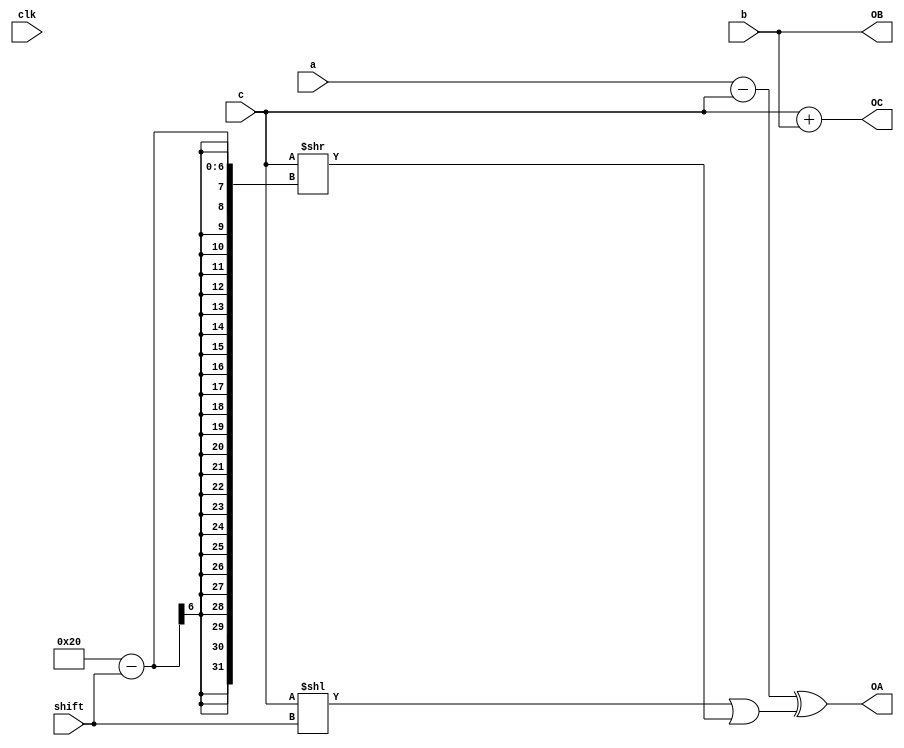
module mix(/*AUTOARG*/
   // Outputs
   OA, OB, OC,
   // Inputs
   a, b, c, clk, shift
   );
   input [31:0] a, b, c;
   output [31:0] OA, OB, OC;
   input 	 clk;
   input [4:0] 	 shift;
   
   assign 	 OA = (a - c) ^ ( (c << shift) | (c >> (32 - shift)) );
   assign 	 OC = c + b;
   assign 	 OB = b;
   
endmodule

module lookup3(/*AUTOARG*/
   // Outputs
   x, y, z, done,
   // Inputs
   k0, k1, k2, clk, en, rst, length
   );
   output [31:0] x, y, z;
   output 	 done;
   
   input [31:0]  k0, k1, k2;
   input 	 clk;
   input 	 en;
   input 	 rst;
   
   reg [31:0] 	 x, y, z;
   reg [4:0] 	 shift;

   wire [31:0] 	 OA, OB, OC;
   reg [31:0] 	 a, b, c;
   
   mix M0(/*AUTOINST*/
	  // Outputs
	  .OA				(OA[31:0]),
	  .OB				(OB[31:0]),
	  .OC				(OC[31:0]),
	  // Inputs
	  .a				(a[31:0]),
	  .b				(b[31:0]),
	  .c				(c[31:0]),
	  .clk				(clk),
	  .shift			(shift[4:0]));

   reg [2:0] 	 round;
   always @(posedge clk)
     if (rst)
       round <= #1 0;
     else if (en)
       round <= #1 round + 1;

   input [31:0]  length;
   wire [31:0] 	 length_val = (length << 2) + 32'hdeadbeef;
   
   always @(posedge clk)
     if (en) 
       case (round)
	 /* a -= c;  a ^= rot(c, 4);  c += b; */
	 0: begin
	    a <= #1 k0 + length_val;
	    b <= #1 k1 + length_val;
	    c <= #1 k2 + length_val;
	    shift <= #1 4;
	 end
	 
	 /* b -= a;  b ^= rot(a, 6);  a += c; */
	 1: begin /* DONE */
	    a <= #1 OB /* b */;
	    b <= #1 OC /* c */;
	    c <= #1 OA /* a */;
	    shift <= #1 6;
	 end
	 
	 /* c -= b;  c ^= rot(b, 8);  b += a; */
	 2: begin
	    a <= #1 OB /* c */;
	    b <= #1 OC /* a */;
	    c <= #1 OA /* b */;
	    shift <= #1 8;
	 end
	 /* a -= c;  a ^= rot(c,16);  c += b; */
	 3: begin
	    a <= #1 OB/* a */;
	    b <= #1 OC/* b */;
	    c <= #1 OA/* c */;
	    shift <= #1 16;
	 end
	 /*  b -= a;  b ^= rot(a,19);  a += c */
	 4: begin
	    a <= #1 OB/* b */;
	    b <= #1 OC/* c */;
	    c <= #1 OA/* a */;
	    shift <= #1 19;
	 end
	 /* c -= b;  c ^= rot(b, 4);  b += a; */
	 5: begin
	    a <= #1 OB/* c */;
	    b <= #1 OC/* a */;
	    c <= #1 OA/* b */;
	    shift <= #1 4;
	 end
       endcase
   
   always @(posedge clk)
     if (round == 6) begin
	x <= #1 OA;
	y <= #1 OB;
	z <= #1 OC;
     end
   
   assign done = round == 7;
   
endmodule // lookup3